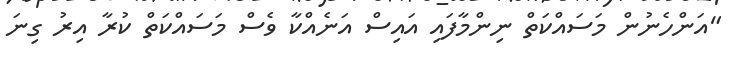
"އަންހެނުން މަސައްކަތް ނިންމާފައި އައިސް އަނެއްކާ ވެސް މަސައްކަތް ކުރާ އިރު ގިނަ